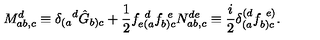
M _ { a b , c } ^ { d } \equiv { \delta _ { ( a } } ^ { d } \hat { G } _ { b ) c } + \frac { 1 } { 2 } f _ { e ( a } ^ { \ d } f _ { b ) c } ^ { \ e } N _ { a b , c } ^ { d e } \equiv \frac { i } { 2 } \delta _ { ( a } ^ { ( d } f _ { b ) c } ^ { \ e ) } .